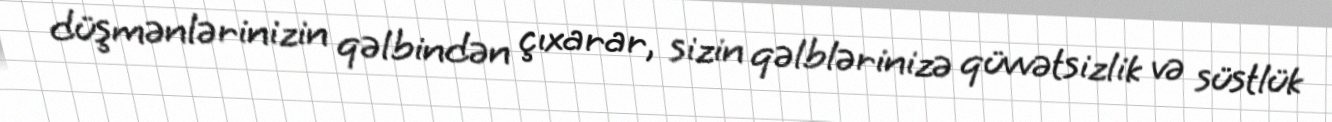
düşmənlərinizin qəlbindən çıxarar, sizin qəlblərinizə qüvvətsizlik və süstlük